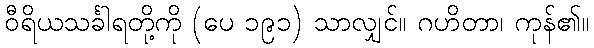
ဝီရိယသင်္ခါရတို့ကို (ပေ ၁၉၁) သာလျှင်။ ဂဟိတာ၊ ကုန်၏။